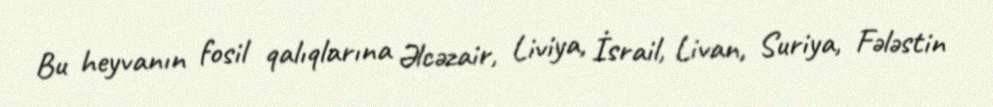
Bu heyvanın fosil qalıqlarına Əlcəzair, Liviya, İsrail, Livan, Suriya, Fələstin